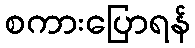
စကားပြောရန်